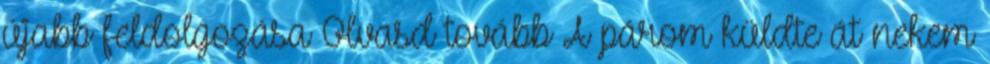
újabb feldolgozása Olvasd tovább A párom küldte át nekem